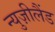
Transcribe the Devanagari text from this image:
न्युज़ीलैंड